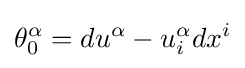
\theta _{0}^{\alpha }=du^{\alpha }-u_{i}^{\alpha }dx^{i}